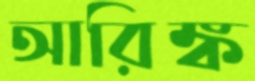
আরিঙ্ক